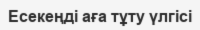
Есекеңді аға тұту үлгісі